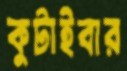
কুটাইবার